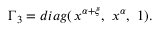
\Gamma _ { 3 } = d i a g ( \, x ^ { \alpha + \xi } , \ x ^ { \alpha } , \ 1 ) .